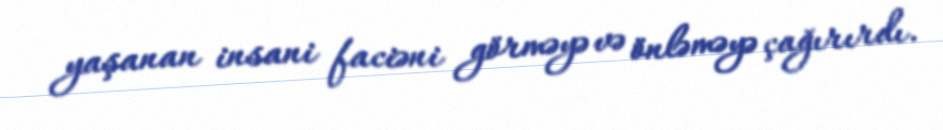
yaşanan insani faciəni görməyə və önləməyə çağırırdı.